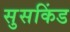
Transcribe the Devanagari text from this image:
सुसकिंड